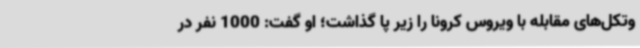
وتکل‌های مقابله با ویروس کرونا را زیر پا گذاشت؛ او گفت: 1000 نفر در